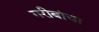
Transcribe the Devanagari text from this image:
गरीबांचा